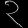
Digit: ၃